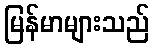
မြန်မာများသည်